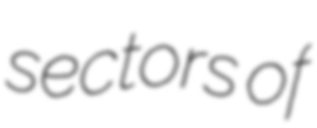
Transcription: sectors of